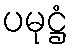
ပမုဋ္ဌံ